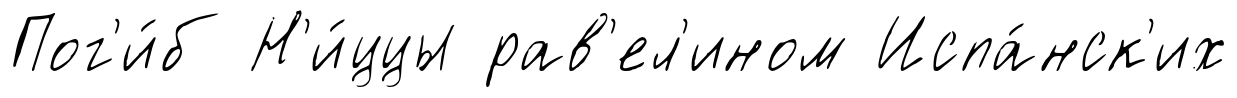
Пог'и́б Н'и́ццы рав'ел'ином Испа́нск'их